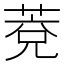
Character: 𦳆